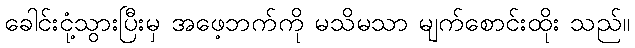
ခေါင်းငုံ့သွားပြီးမှ အဖေ့ဘက်ကို မသိမသာ မျက်စောင်းထိုး သည်။